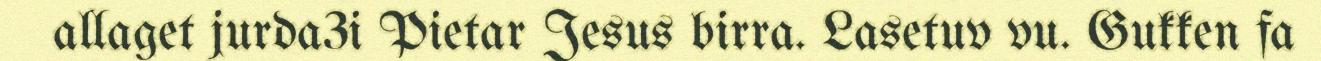
allaget jurda3i Pietar Jesus birra. Lasetuv vu. Gukken fa